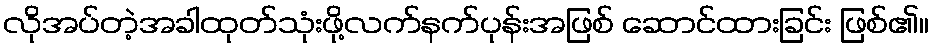
လိုအပ်တဲ့အခါထုတ်သုံးဖို့လက်နက်ပုန်းအဖြစ် ဆောင်ထားခြင်း ဖြစ်၏။